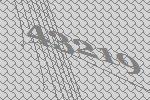
43219